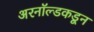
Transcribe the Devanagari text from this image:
अरनॉल्डकडून